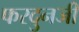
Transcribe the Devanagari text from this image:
फरदुनजी